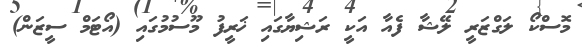
މޮސްކޯ ލަގްޒަރީ ލޭޝާ ފެއާ އަކީ ރަޝިޔާގައި ޚަރީފު މޫސުމުގައި (އޯޓަމް ސީޒަން)